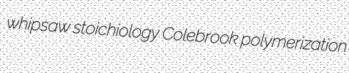
whipsaw stoichiology Colebrook polymerization